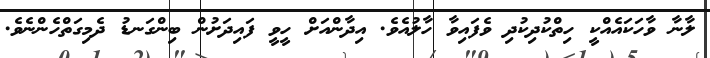
ލާނާ ވާހަކައެއްކީ ހިތްކުދިކުދި ވެފައިވާ ހާލުއެވެ. އިދާންއަށް ހީވީ ފައިދަށުން ބިންގަނޑު ދެމިގަތްހެންނެވެ.